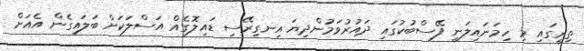
ތިރީގައި މި ހިމަނައިލަނީ ފޭސްބުކުގައި ދައުރުވަމުންދިޔަ އިނގިރޭސި ޑައިލޮގެއް އަސްލަކަށް ބަލައިގެން އެއަށް